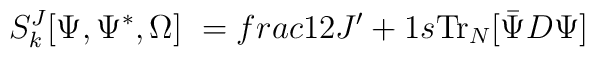
S^J_k [\Psi ,\Psi^* ,\Omega ] \ =\\frac{1}{2J'+1} s{\rm Tr}_N [{\bar \Psi} D \Psi ]